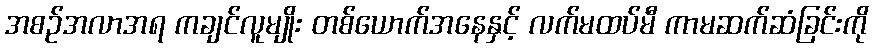
အစဉ်အလာအရ ကချင်လူမျိုး တစ်ယောက်အနေနှင့် လက်မထပ်မီ ကာမဆက်ဆံခြင်းကို